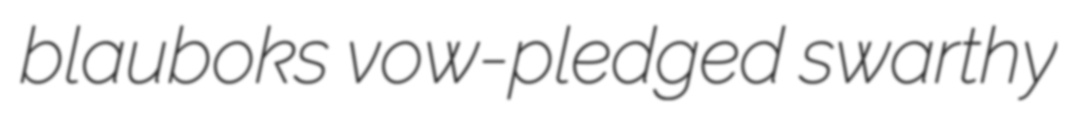
blauboks vow-pledged swarthy